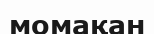
момақан